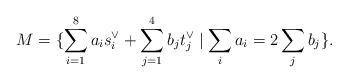
LaTeX: \begin{align*}M=\{\sum_{i=1}^8 a_i s_i^\vee + \sum_{j=1}^4 b_j t_j^\vee \mid \sum_ia_i=2\sum_jb_j\}.\end{align*}